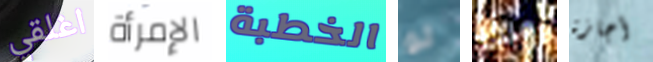
اغلقي الإمرأة الخطبة لو ولذا أجازة